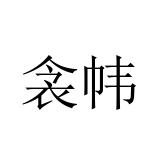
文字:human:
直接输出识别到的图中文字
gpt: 衾帏